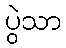
ပွဲသာ